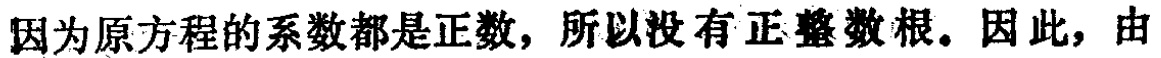
因为原方程的系数都是正数，所以没有正整数根。因此，由